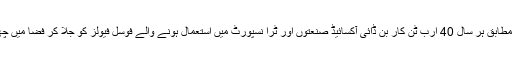
ایک اندازے کے مطابق ہر سال 40 ارب ٹن کار بن ڈائی آکسائیڈ صنعتوں اور ٹرا نسپورٹ میں استعمال ہونے والے فوسل فیولز کو جلا کر فضا میں چھوڑی جارہی ہے۔